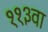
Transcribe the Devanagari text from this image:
११३वा